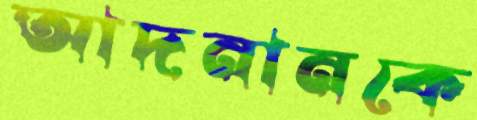
আদনানকে